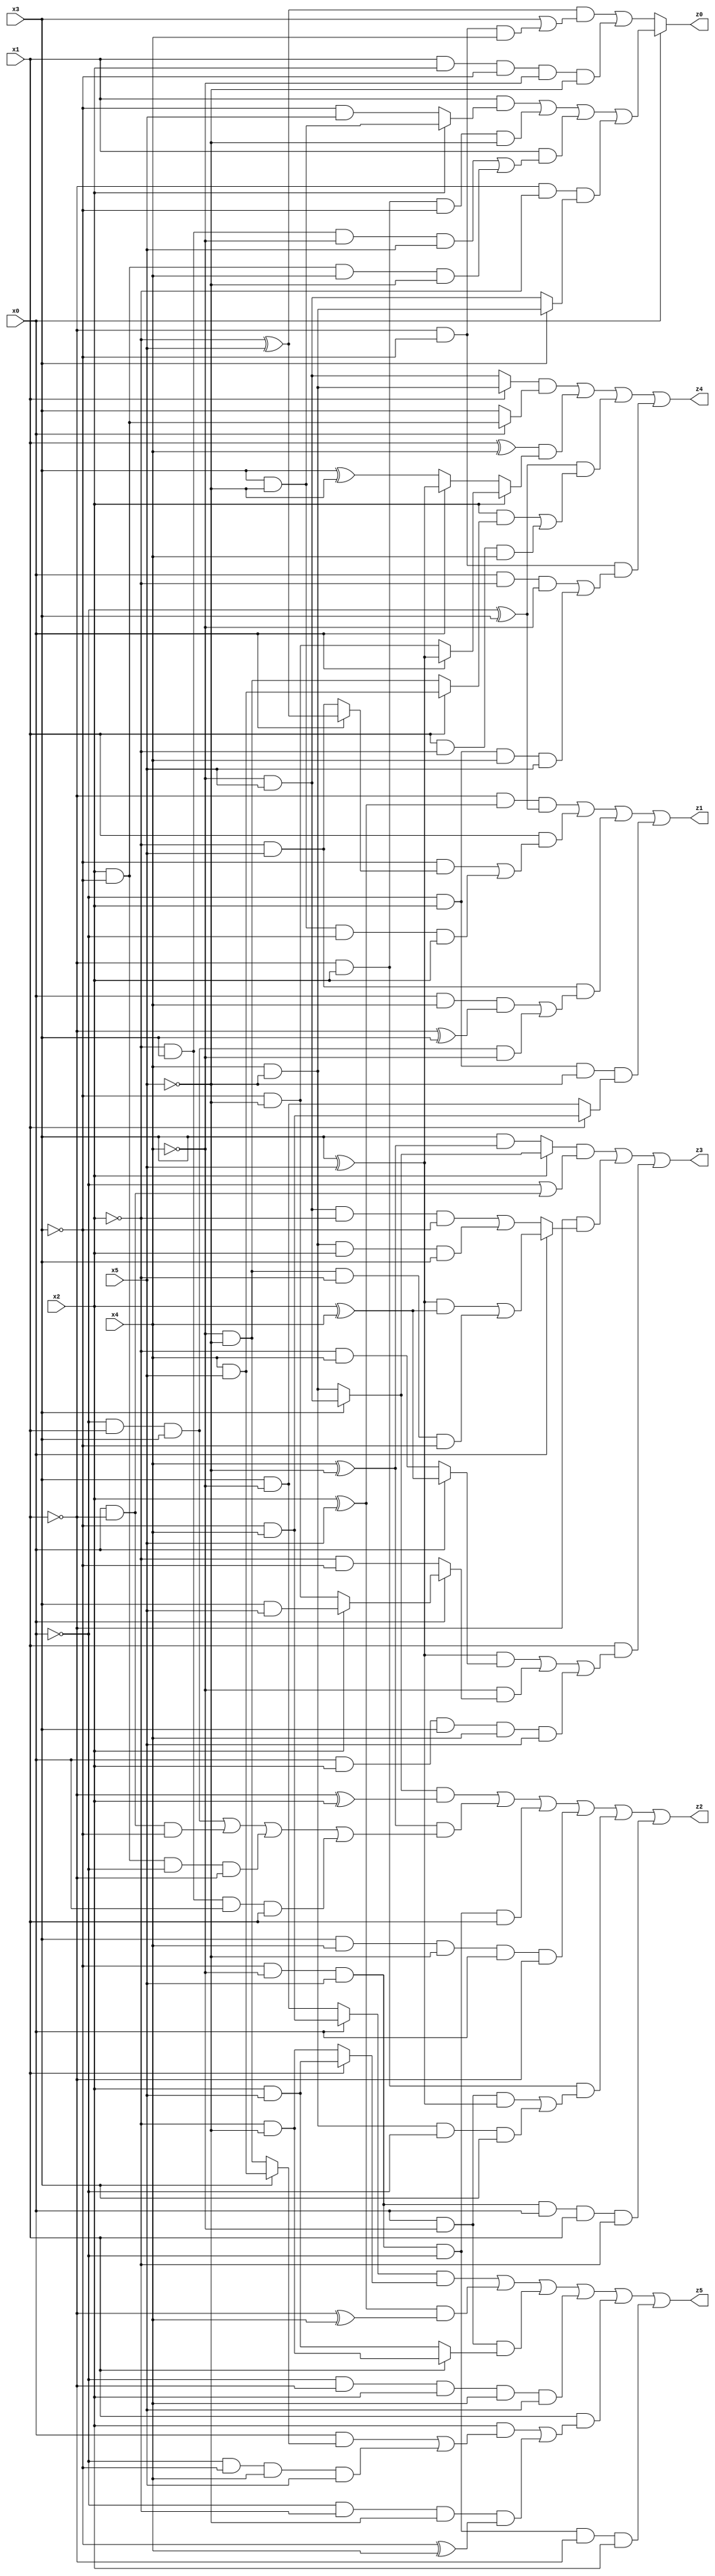
// Benchmark "X_10" written by ABC on Thu Jun 29 03:14:42 2023

module X_10 ( 
    x0, x1, x2, x3, x4, x5,
    z0, z1, z2, z3, z4, z5  );
  input  x0, x1, x2, x3, x4, x5;
  output z0, z1, z2, z3, z4, z5;
  assign z0 = x0 ? ((x1 & (x2 ? (x3 & ~x5) : (~x3 & x5))) | (~x1 & x2 & ~x3 & ~x5) | (x1 & ((~x2 & x3 & ~x4 & x5) | (x2 & ~x3 & x4 & ~x5))) | (~x1 & ~x2 & (x3 ? (x4 & ~x5) : (~x4 & x5)))) : (((~x2 ^ x5) & (x3 | (~x1 & ~x3 & x4))) | (x1 & x2 & ~x3 & ~x4 & ~x5));
  assign z1 = (~x1 & (x2 ^ x5) & (~x0 ^ x3)) | (x1 & ((~x3 & (x0 ? (~x2 ^ x5) : (~x2 & x5))) | (x3 & ~x5 & ~x0 & x2))) | (~x2 & x5 & ((x0 & x4 & (~x1 ^ x3)) | (~x0 & x1 & x3 & ~x4))) | (~x0 & x2 & ~x5 & (x1 ? (~x3 & x4) : (x3 & ~x4)));
  assign z2 = ((x3 ? (~x4 & x5) : (x4 & ~x5)) & (~x1 ^ x2)) | ((x4 ^ ~x5) & ((~x0 & x1 & x3) | (x0 & ~x1 & ~x3) | (x2 & ~x3 & ~x0 & ~x1) | (~x2 & x3 & x0 & x1))) | (~x3 & ~x4 & x5 & ~x0 & x1) | (x3 & x4 & ~x5 & x0 & ~x1) | (~x1 & x2 & ((x0 & ~x4 & (x3 ^ x5)) | (x4 & ~x5 & ~x0 & x3))) | (~x3 & ~x4 & x5 & x0 & x1 & ~x2);
  assign z3 = ((x2 ? (x3 ? (~x4 & x5) : (x4 & ~x5)) : (x3 & (x4 ^ ~x5))) & (~x0 | (x0 & ~x1))) | (~x1 & (x0 ? (((x3 ^ x5) & (x2 ^ x4)) | (~x4 & ~x5 & ~x2 & ~x3)) : ((~x4 & x5 & ~x2 & ~x3) | (x4 & ~x5 & x2 & x3)))) | (x1 & (((x3 ^ x5) & (x0 ? (x2 ^ x4) : (~x2 & x4))) | (~x4 & (x0 ? (x2 ? (x3 & x5) : (~x3 & ~x5)) : (~x2 & ~x3))) | (x0 & x2 & x3 & x4 & x5)));
  assign z4 = ((x1 ? (x4 & ~x5) : (~x4 & x5)) & (x0 ? (x2 & ~x3) : x3)) | ((x1 ^ x4) & (x2 ? (x0 ? (x3 ^ x5) : (~x3 & ~x5)) : (x0 ? (x3 ^ x5) : (x3 ^ ~x5)))) | ((~x0 ^ x3) & ((x2 & (x1 ? (x4 & x5) : (~x4 & ~x5))) | (x1 & ~x2 & x4))) | (~x1 & ~x3 & ((x0 & ~x2 & ~x4) | (~x0 & x2 & x4 & x5)));
  assign z5 = ((x0 ? (~x3 & x4) : (x3 & ~x4)) & (x1 ? (x2 & x5) : (~x2 & ~x5))) | ((x2 ^ x5) & (~x1 ^ x4)) | (x0 & ~x4 & (x1 ? (~x2 & ~x5) : (x2 & x5))) | (~x0 & ~x1 & x2 & x4 & x5) | (x1 & ((x2 & ((x0 & (x3 ? (x4 & x5) : (~x4 & ~x5))) | (~x0 & ~x3 & x4 & x5))) | (~x0 & ~x2 & ~x5 & (~x3 ^ x4)))) | (~x3 & ~x4 & x5 & ~x0 & ~x1 & x2);
endmodule